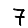
Digit: 7